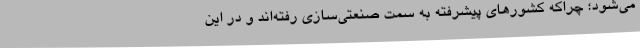
می‌شود؛ چراکه کشورهای پیشرفته به سمت صنعتی‌سازی رفته‌اند و در این